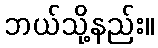
ဘယ်သို့နည်း။